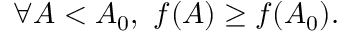
\forall A < A _ { 0 } , \, \, f ( A ) \geq f ( A _ { 0 } ) .